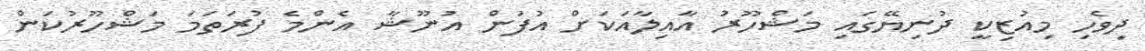
ދިވެހި މިއުޒިކީ ދުނިޔޭގައި މަޝްހޫރު އާއިލާއަކަށް އުފަން އުނޫޝާ އެންމެ ފުރަތަމަ މަޝްހޫރުކަން